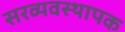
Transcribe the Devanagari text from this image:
सरव्यवस्थापक